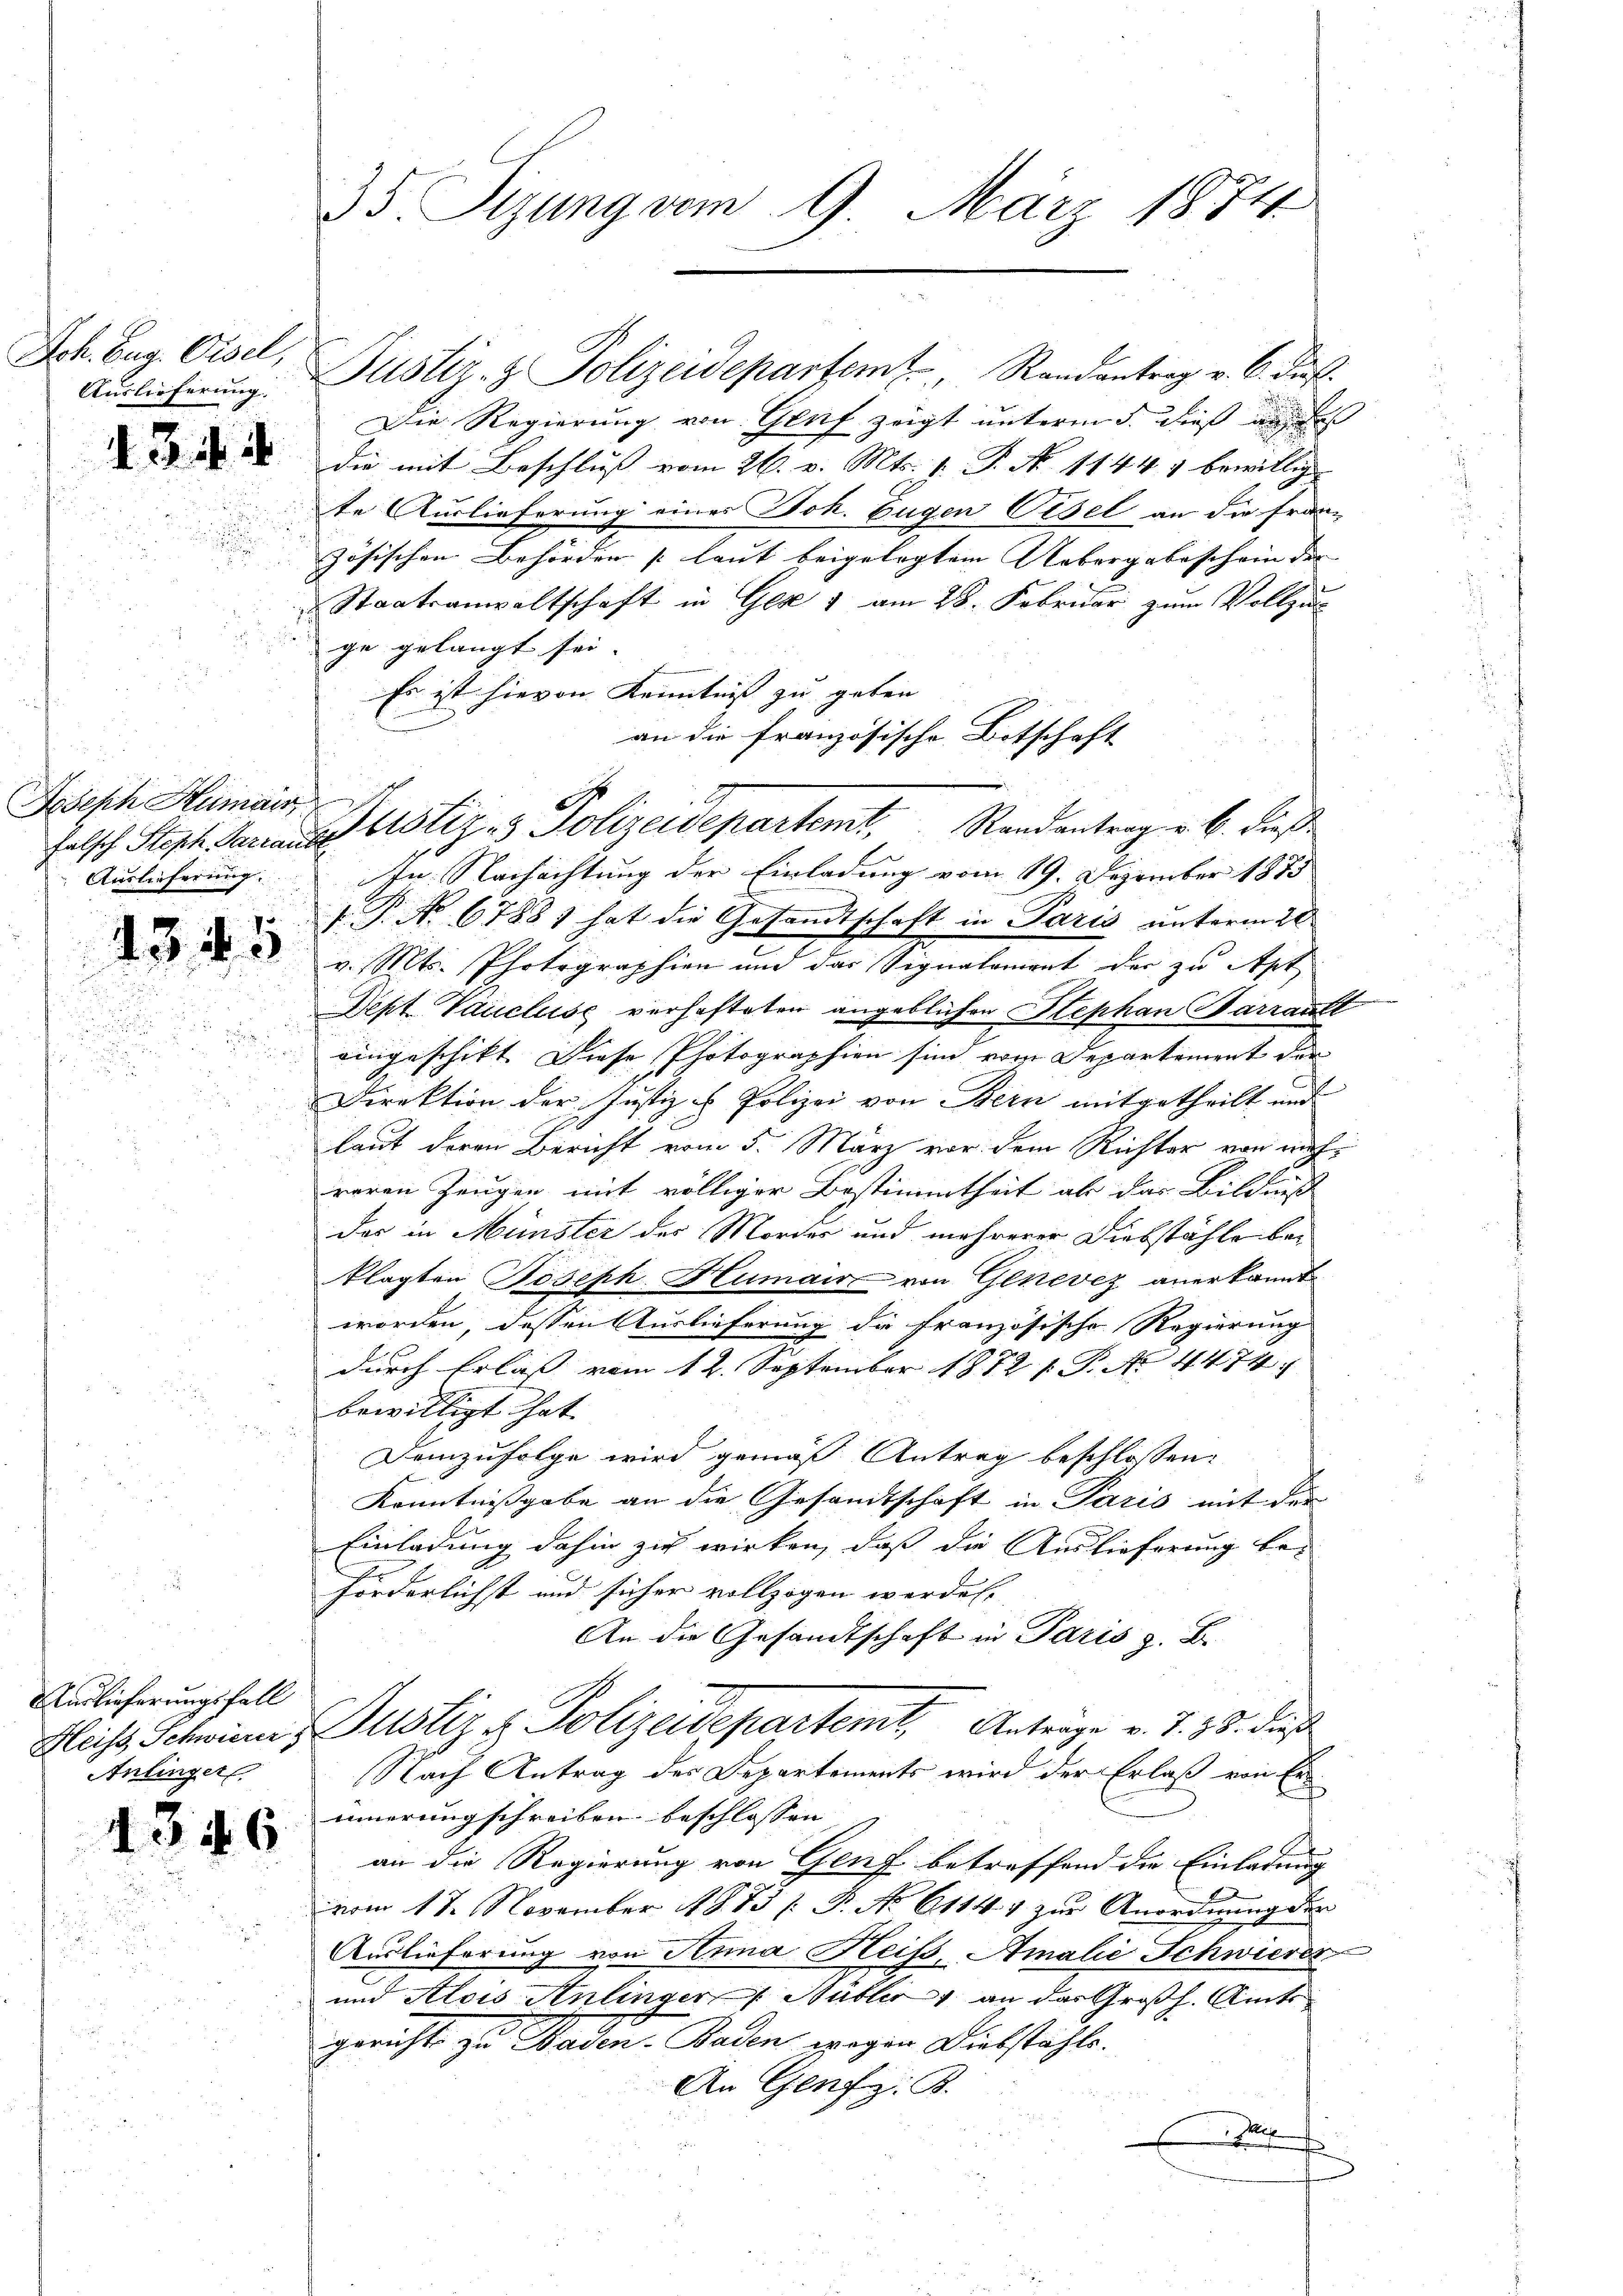
Jch. Eug. Gisel,
Auslieferung.

13 i

Joseph Humair
Auslieferung:

1315

Auslieferungsfall
Anlinger

446

Justiz- & Polizeidepartemt. Randantrag v. 6. daß
Die Regierung von Genf zeigt unterm 5. dieß an des
die mit Beschluß vom 26. v. Mts. 1. P. N. 11441 bewillig
te Auslieferung eines Joh. Eugen Oesel an die Franz
zösischen Behörden [laut beigelegtem Uebergabe schein der
Staatsanwaltschaft in Ges 1 am 28. Februar zum Vollzi
ge gelangt sei.
Es ist hievon Kenntniss zu geben
an die französische Botschaft
falsch Steph. Mariastistiz- & Polizeidepartemt. Standentrag v. 6. dieß¬
In Nachachtung der Einladung vom 19. Dezember 1875
 P. No. 67881 hat die Gesandtschaft in Paris unterm 20
v. Mts. Photographien und das Signalament der zu Apt
Dept Vaucluse verhafteten angeblichen Stephan Barzault
eingeschikt. Diese Photographien sind vom Departement der
Direktion der Justiz - Polizei von Bern mitgetheilt und
laut deren Bericht vom 5. März vor dem Richter von nachreren Zeugen mit völliger Bestimmtheit ab das Bildniß
das in Münster des Mordes und mehrerer Diebstähle bei
klagten Joseph Humair von Genevez anerkannt
worden, dessen Auslieferung die französische Regierung
durch Erlaß vom 12. September 1872 s. P. No. 4474.
bewilligt hat. |
Demzufolge wird gemäß Antrag beschlossen:
Kenntnissgabe an die Gesandtschaft in Paris mit der
Einladung dahin zu wirken, daß die Auslieferung be-
förderlichst und sicher vollzogen werden.
An die Gesandtschaft in Paris z. B.
Heiss, Schwinn, Justiz & Polizeidepartemt. Anträge v. J. 18. dieß
Nach Antrag des Departements wird der Erlaß von Erinnerung schreiben beschlossen |
an die Regierung von Genf betreffend die Einladung
vom 17. November 1883 (: P. No 61144 zur Anordnung der
Auslieferung von Anna Heiss, Amalić Schwierer
und Alois Anlinger Hüller an das Großh. Amts
gerichte zu Baden. Baden wegen Diebstähle.
An Genfz. R.
.

35. Sizung vom 9. März 1874